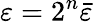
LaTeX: \varepsilon=2^{n}\bar{\varepsilon}